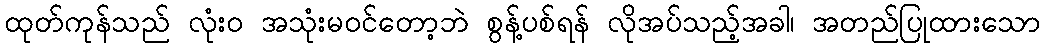
ထုတ်ကုန်သည် လုံးဝ အသုံးမဝင်တော့ဘဲ စွန့်ပစ်ရန် လိုအပ်သည့်အခါ၊ အတည်ပြုထားသော